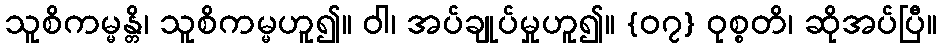
သူစိကမ္မန္တိ၊ သူစိကမ္မဟူ၍။ ဝါ၊ အပ်ချုပ်မှုဟူ၍။ {၀၇} ဝုစ္စတိ၊ ဆိုအပ်ပြီ။